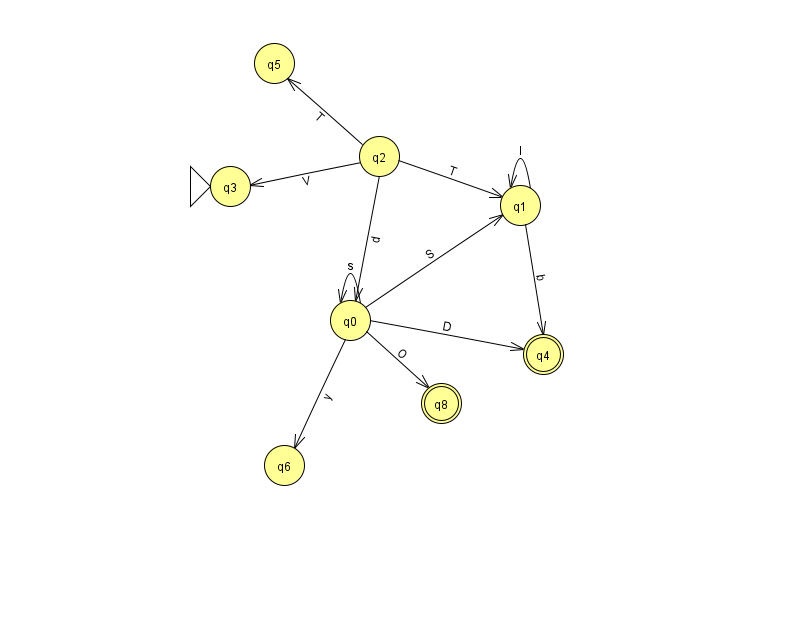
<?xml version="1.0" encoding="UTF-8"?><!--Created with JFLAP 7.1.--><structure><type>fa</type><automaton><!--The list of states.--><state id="0" name="q0"><x>350.0</x><y>307.0</y></state><state id="1" name="q1"><x>520.0</x><y>192.0</y></state><state id="2" name="q2"><x>379.0</x><y>143.0</y></state><state id="3" name="q3"><x>230.0</x><y>173.0</y><initial/></state><state id="4" name="q4"><x>543.0</x><y>341.0</y><final/></state><state id="5" name="q5"><x>274.0</x><y>50.0</y></state><state id="6" name="q6"><x>284.0</x><y>452.0</y></state><state id="8" name="q8"><x>441.0</x><y>390.0</y><final/></state><!--The list of transitions.--><transition><from>0</from><to>6</to><read>y</read></transition><transition><from>0</from><to>0</to><read>s</read></transition><transition><from>0</from><to>1</to><read>S</read></transition><transition><from>1</from><to>4</to><read>b</read></transition><transition><from>1</from><to>1</to><read>I</read></transition><transition><from>2</from><to>3</to><read>V</read></transition><transition><from>2</from><to>5</to><read>T</read></transition><transition><from>0</from><to>4</to><read>D</read></transition><transition><from>0</from><to>8</to><read>O</read></transition><transition><from>2</from><to>0</to><read>d</read></transition><transition><from>2</from><to>1</to><read>T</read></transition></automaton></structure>